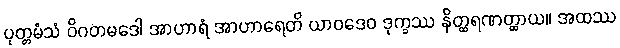
ပုတ္တမံသံ ဝိဂတမဒေါ အာဟာရံ အာဟာရေတိ ယာဝဒေဝ ဒုက္ခဿ နိတ္ထရဏတ္ထာယ။ အထဿ